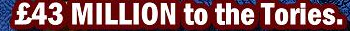
$43 MILLION to the tories